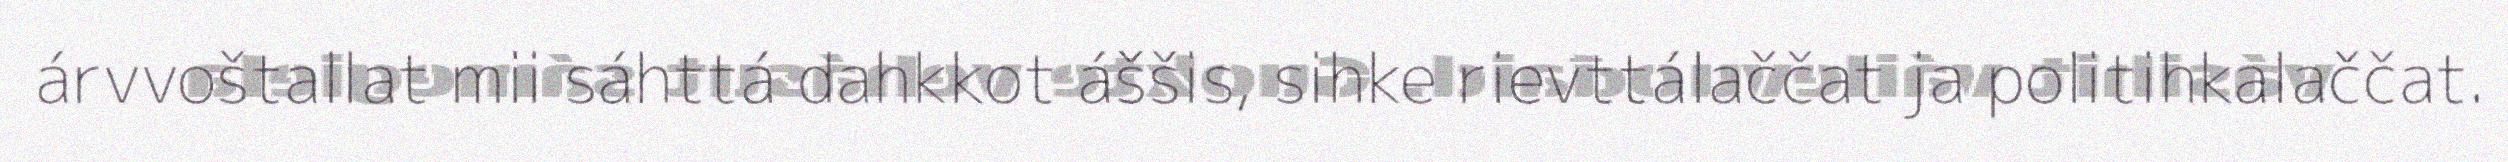
árvvoštallat mii sáhttá dahkkot áššis, sihke rievttálaččat ja politihkalaččat.